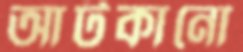
আটকানো